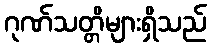
ဂုဏ်သတ္တိများရှိသည်